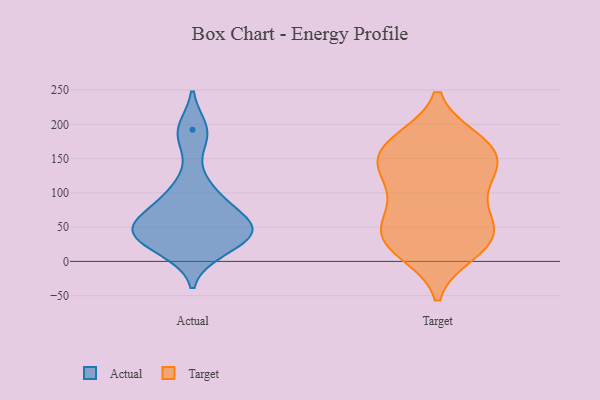
{"axis": {"x": "Production Output", "y": "Value"}, "legend": ["Actual", "Target"], "data": [{"x": "", "y": 25, "type": "Actual"}, {"x": "", "y": 49, "type": "Actual"}, {"x": "", "y": 51, "type": "Actual"}, {"x": "", "y": 110, "type": "Actual"}, {"x": "", "y": 93, "type": "Actual"}, {"x": "", "y": 17, "type": "Actual"}, {"x": "", "y": 183, "type": "Actual"}, {"x": "", "y": 74, "type": "Actual"}, {"x": "", "y": 39, "type": "Actual"}, {"x": "", "y": 53, "type": "Actual"}, {"x": "", "y": 35, "type": "Actual"}, {"x": "", "y": 52, "type": "Actual"}, {"x": "", "y": 192, "type": "Actual"}, {"x": "", "y": 60, "type": "Target"}, {"x": "", "y": 88, "type": "Target"}, {"x": "", "y": 41, "type": "Target"}, {"x": "", "y": 136, "type": "Target"}, {"x": "", "y": 129, "type": "Target"}, {"x": "", "y": 44, "type": "Target"}, {"x": "", "y": 21, "type": "Target"}, {"x": "", "y": 142, "type": "Target"}, {"x": "", "y": 168, "type": "Target"}, {"x": "", "y": 174, "type": "Target"}, {"x": "", "y": 130, "type": "Target"}, {"x": "", "y": 177, "type": "Target"}, {"x": "", "y": 150, "type": "Target"}, {"x": "", "y": 175, "type": "Target"}, {"x": "", "y": 98, "type": "Target"}, {"x": "", "y": 59, "type": "Target"}, {"x": "", "y": 34, "type": "Target"}, {"x": "", "y": 19, "type": "Target"}, {"x": "", "y": 13, "type": "Target"}]}